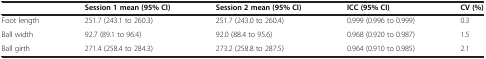
<table><thead><tr><td><b> </b></td><td><b>Session 1 mean (95% CI)</b></td><td><b>Session 2 mean (95% CI)</b></td><td><b>ICC (95% CI)</b></td><td><b>CV (%)</b></td></tr></thead><tbody><tr><td>Foot length</td><td>251.7 (243.1 to 260.3)</td><td>251.7 (243.0 to 260.4)</td><td>0.999 (0.996 to 0.999)</td><td>0.3</td></tr><tr><td>Ball width</td><td>92.7 (89.1 to 96.4)</td><td>92.0 (88.4 to 95.6)</td><td>0.968 (0.920 to 0.987)</td><td>1.5</td></tr><tr><td>Ball girth</td><td>271.4 (258.4 to 284.3)</td><td>273.2 (258.8 to 287.5)</td><td>0.964 (0.910 to 0.985)</td><td>2.1</td></tr></tbody></table>